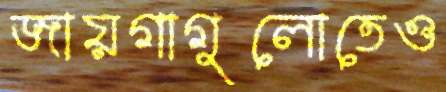
জায়গাগুলোতেও